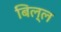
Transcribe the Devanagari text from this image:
बिल्ल